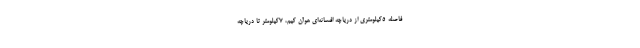
فاصله 5کیلومتری از دریاچه‌ افسانه‌ای هوآن کیم، 7کیلومتر تا دریاچه